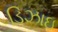
ડિઝાઇ